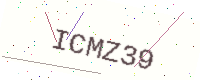
Text: ICMZ39